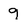
Character: 9